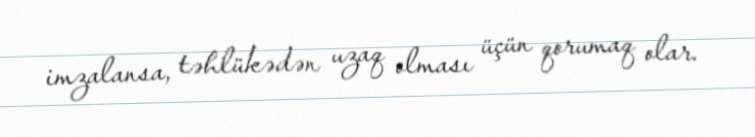
imzalansa, təhlükədən uzaq olması üçün qorumaq olar.